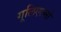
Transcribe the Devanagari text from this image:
गूलिएल्मो